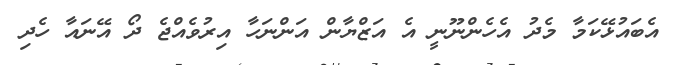
އެބައުޅޭކަމާ މެދު އެހެންނޫނީ އެ އަޒްޔާން އަންނަހާ އިރުވެއްޖެ ދޯ އޭނައާ ހެދި